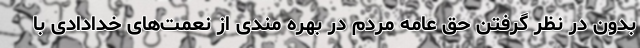
بدون در نظر گرفتن حق عامه مردم در بهره مندی از نعمت‌های خدادادی با